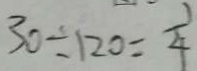
3 0 \div 1 2 0 = \frac { 1 } { 4 }